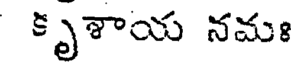
కృశాయ నమః